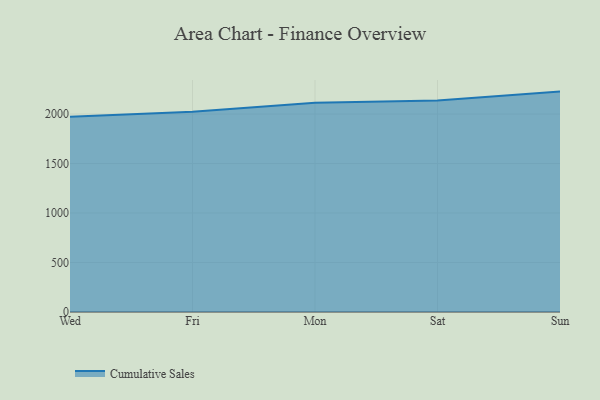
{"axis": {"x": "Day", "y": "Shipments"}, "legend": ["Cumulative Sales"], "data": [{"x": "Wed", "y": 1972.8, "type": "Cumulative Sales"}, {"x": "Fri", "y": 2023.8, "type": "Cumulative Sales"}, {"x": "Mon", "y": 2112.6, "type": "Cumulative Sales"}, {"x": "Sat", "y": 2136.6, "type": "Cumulative Sales"}, {"x": "Sun", "y": 2226.5, "type": "Cumulative Sales"}]}